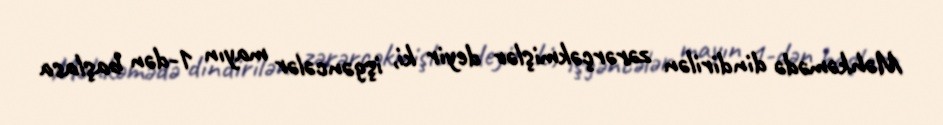
Məhkəmədə dindirilən zərərçəkmişlər deyir ki, işgəncələr mayın 1-dən başlasa